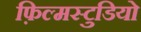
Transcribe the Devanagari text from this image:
फ़िल्मस्टुडियो